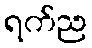
ရက်ည